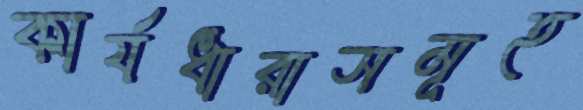
কার্যধারাসমূহ